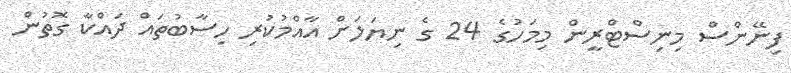
ފިނޭންސް މިނިސްޓްރީން މިމަހުގެ 24 ގެ ނިޔަލަށް އާއްމުކުރި ހިސާބުތައް ދައްކާ ގޮތުން